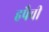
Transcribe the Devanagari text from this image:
हपैची